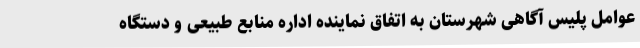
عوامل پلیس آگاهی شهرستان به اتفاق نماینده اداره منابع طبیعی و دستگاه